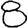
Digit: 8